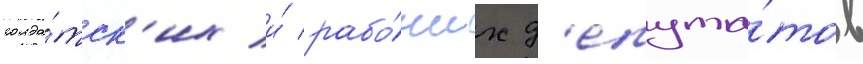
солда́тск'их и́ рабо́чих д'епута́тов